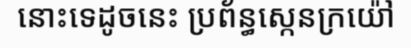
នោះទេដូចនេះ ប្រព័ន្ធស្កេនក្រយ៉ៅ